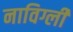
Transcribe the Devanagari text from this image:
नाविग्ली